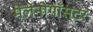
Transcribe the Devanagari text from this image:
मेलेनोगॉस्टर